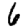
Digit: 6